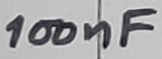
Text: 100nF